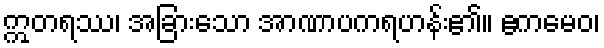
ဣတရဿ၊ အခြားသော အာဏာပကရဟန်း၏။ ဧကမေဝ၊